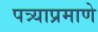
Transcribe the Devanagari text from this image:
पत्र्याप्रमाणे